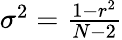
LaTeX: \begin{array}{r}{\sigma^{2}=\frac{1-r^{2}}{N-2}}\end{array}